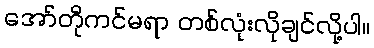
အော်တိုကင်မရာ တစ်လုံးလိုချင်လို့ပါ။